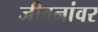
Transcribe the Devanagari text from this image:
जीवनांवर